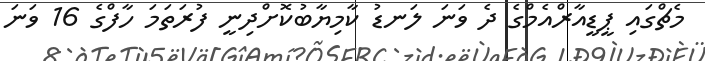
މެޗްގައި ޕީޑީއާރްއެމްގެ ދެ ވަނަ ލަނޑު ކާމިޔާބުކޮށްދިނީ ފުރަތަމަ ހާފްގެ 16 ވަނަ